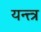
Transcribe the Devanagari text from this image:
यन्त्त्त्र